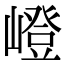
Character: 嶝